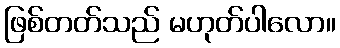
ဖြစ်တတ်သည် မဟုတ်ပါလော။